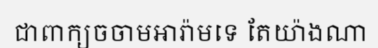
ជាពាក្យចចាមអារ៉ាមទេ តែយ៉ាងណា